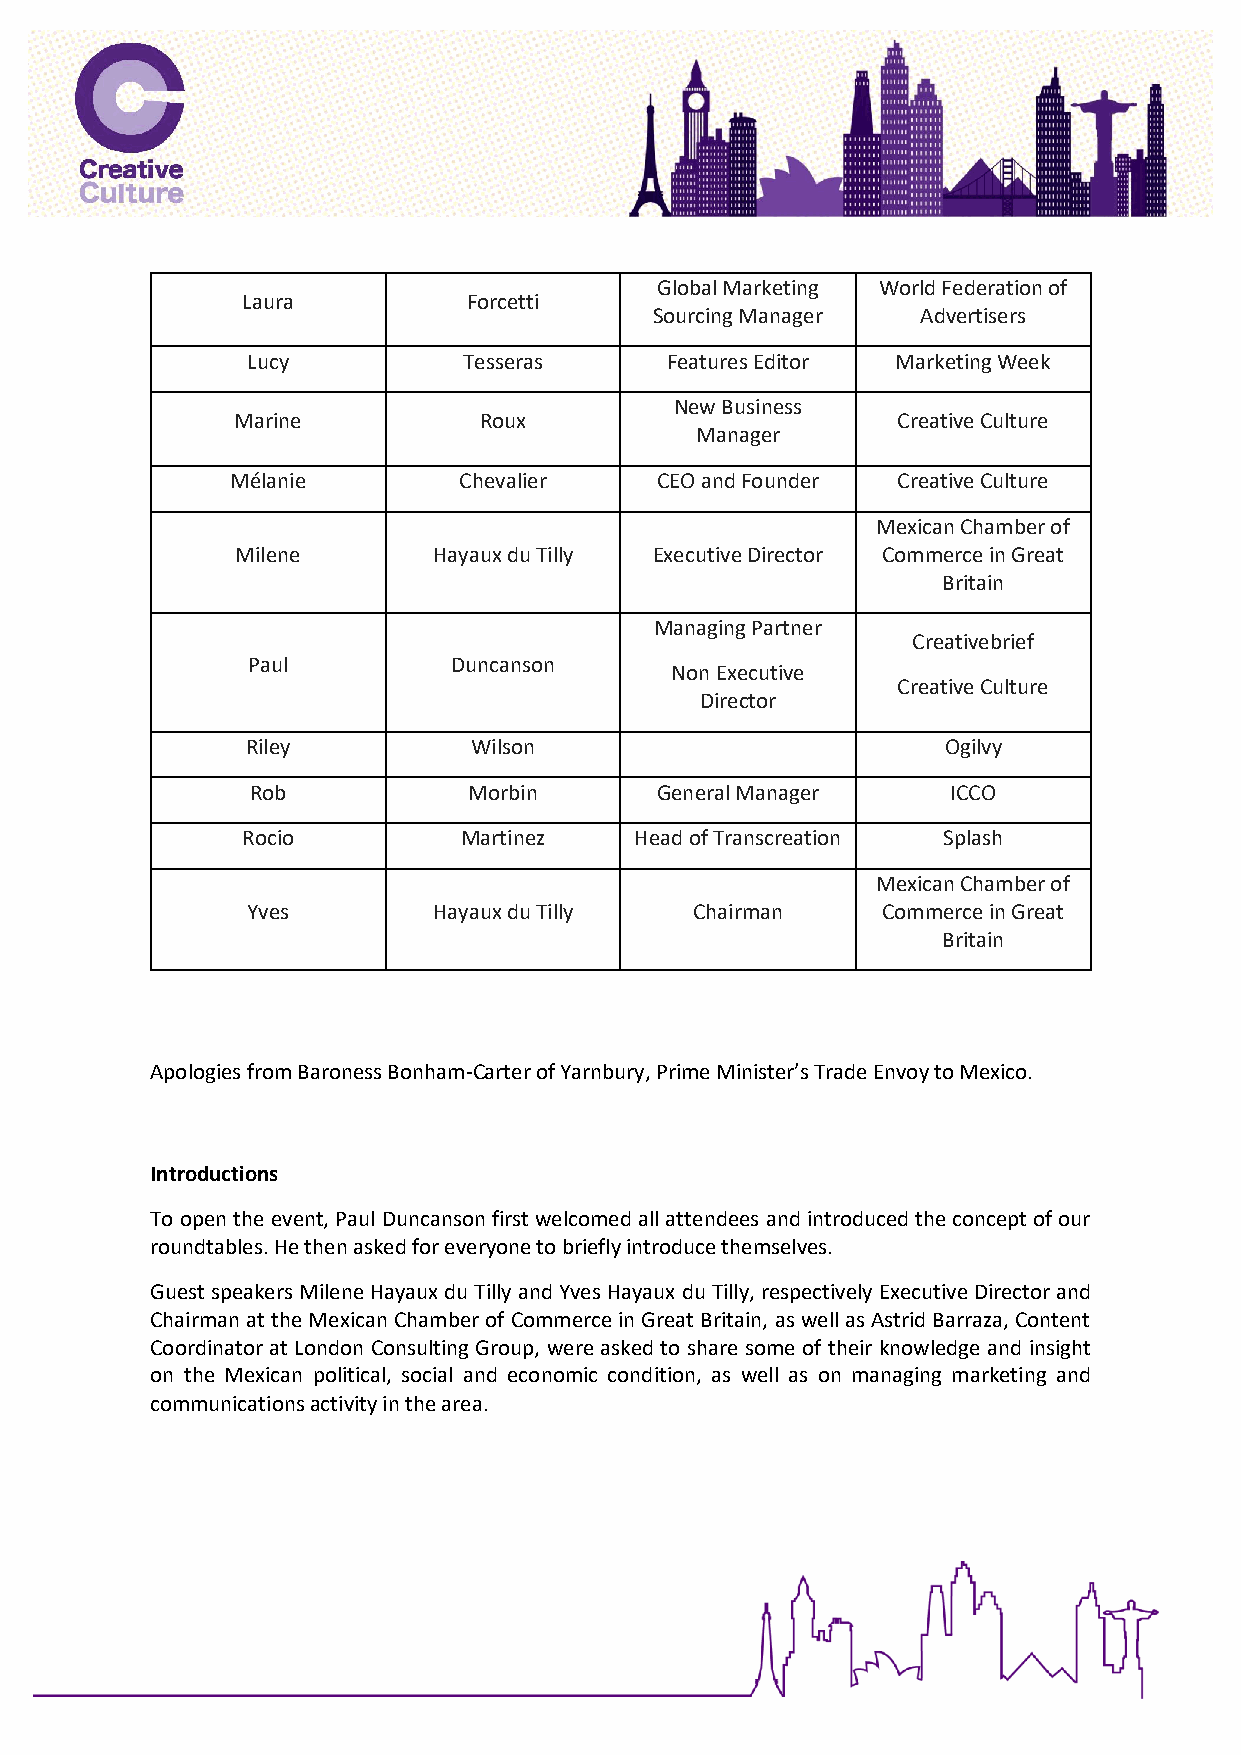
Global Marketing World Federation of
 Laura          Forcetti
 Sourcing Manager  Advertisers
 Lucy           Tesseras     Features Editor Marketing Week
 New Business
 Marine          Roux                       Creative Culture
 Manager
 Mélanie        Chevalier    CEO and Founder Creative Culture
 Mexican Chamber of
 Milene       Hayaux du Tilly Executive Director Commerce in Great
 Britain
 Managing Partner
 Creativebrief
 Paul          Duncanson
 Non Executive
 Creative Culture
 Director
 Riley          Wilson                         Ogilvy
 Rob           Morbin      General Manager     ICCO
 Rocio         Martinez    Head of Transcreation Splash
 Mexican Chamber of
 Yves         Hayaux du Tilly  Chairman    Commerce in Great
 Britain
 Apologies from Baroness Bonham-Carter of Yarnbury, Prime Minister’s Trade Envoy to Mexico.
 Introductions
 To open the event, Paul Duncanson first welcomed all attendees and introduced the concept of our
 roundtables. He then asked for everyone to briefly introduce themselves.
 Guest speakers Milene Hayaux du Tilly and Yves Hayaux du Tilly, respectively Executive Director and
 Chairman at the Mexican Chamber of Commerce in Great Britain, as well as Astrid Barraza, Content
 Coordinator at London Consulting Group, were asked to share some of their knowledge and insight
 on the Mexican political, social and economic condition, as well as on managing marketing and
 communications activity in the area.
 P
 A